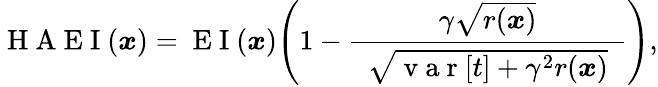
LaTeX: \mathrm{~H~A~E~I~}(\boldsymbol{x})=\mathrm{~E~I~}(\boldsymbol{x})\Bigg(1-\frac{\gamma\sqrt{r(\boldsymbol{x})}}{\hphantom{e}\vphantom{\big|}\sqrt{\mathrm{~v~a~r~}[t]+\gamma^{2}r(\boldsymbol{x})}\hphantom{e}}\Bigg),